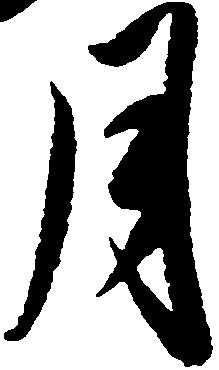
月